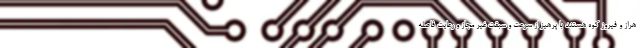
هراز و فیروز کوه هستند با پرهیز از سرعت و سبقت غیر مجاز و رعایت فاصله